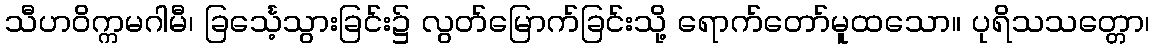
သီဟဝိက္ကမဂါမီ၊ ခြင်္သေ့သွားခြင်း၌ လွတ်မြောက်ခြင်းသို့ ရောက်တော်မူထသော။ ပုရိသသတ္တော၊